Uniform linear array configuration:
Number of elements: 48
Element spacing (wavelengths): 0.25
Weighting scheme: uniform
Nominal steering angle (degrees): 0
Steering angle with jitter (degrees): -1.604
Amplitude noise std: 0.05
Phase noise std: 0.05

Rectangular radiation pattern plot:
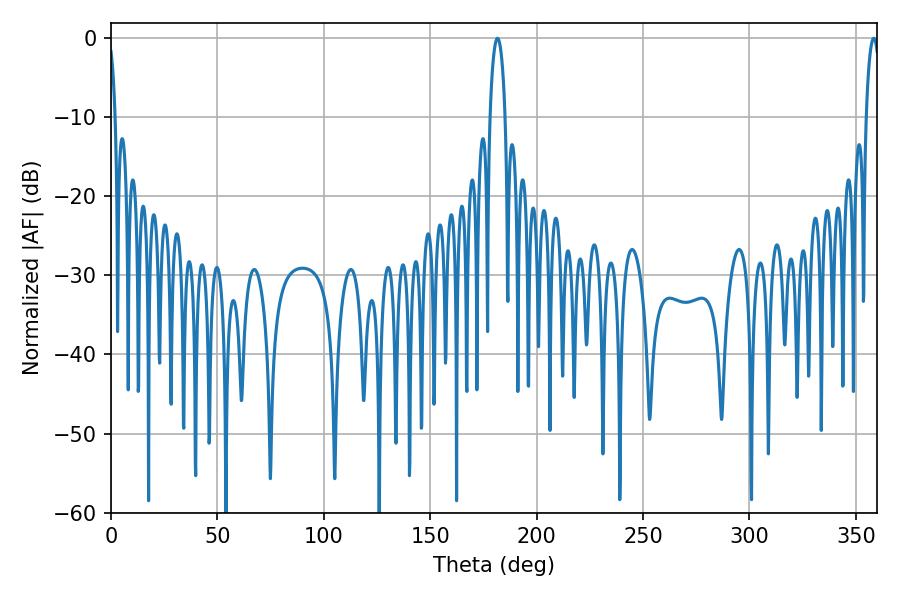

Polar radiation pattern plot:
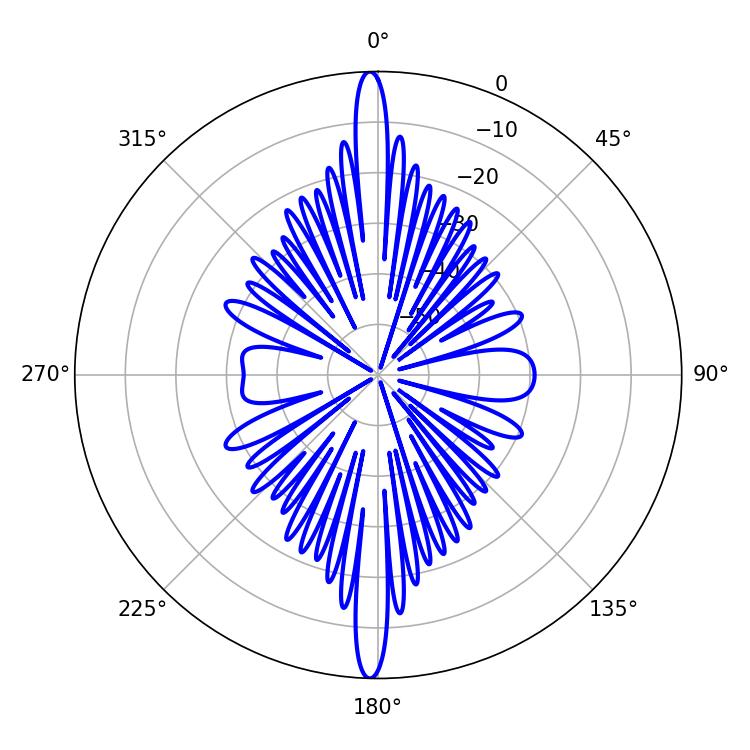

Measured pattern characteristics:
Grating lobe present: FALSE
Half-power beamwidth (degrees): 3.96
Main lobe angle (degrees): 181.62